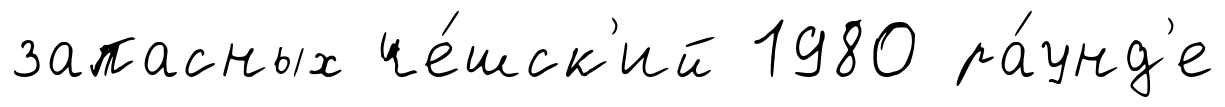
запасных че́шск'ий 1980 ра́унд'е